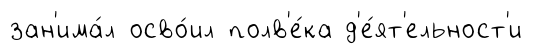
зан'има́л осво́ил полв'е́ка д'е́ят'ельност'и